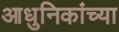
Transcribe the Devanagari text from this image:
आधुनिकांच्या